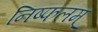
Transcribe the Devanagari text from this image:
निष्फलम्